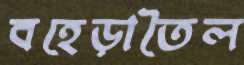
বহেড়াতৈল